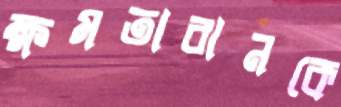
ক্ষমতাবানকে